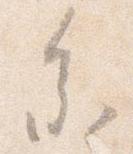
参